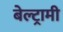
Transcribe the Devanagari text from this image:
बेल्ट्रामी